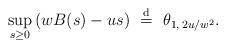
LaTeX: \begin{align*}\sup_{s\geq 0}\,(wB(s)-us)~\overset{{\rm d}}{=}~\theta_{1,\,2u/w^2}.\end{align*}